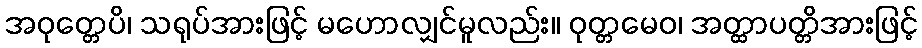
အဝုတ္တေပိ၊ သရုပ်အားဖြင့် မဟောလျှင်မူလည်း။ ဝုတ္တမေဝ၊ အတ္ထာပတ္တိအားဖြင့်